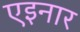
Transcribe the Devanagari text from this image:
एइनार